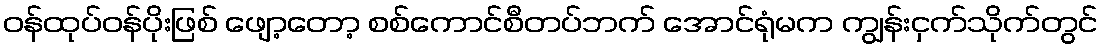
ဝန်ထုပ်ဝန်ပိုးဖြစ် ဖျော့တော့ စစ်ကောင်စီတပ်ဘက် အောင်ရုံမက ကျွန်းငှက်သိုက်တွင်